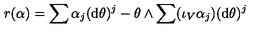
r ( \alpha ) = \sum \alpha _ { j } ( \mathrm { d } \theta ) ^ { j } - \theta \wedge \sum ( \iota _ { V } \alpha _ { j } ) ( \mathrm { d } \theta ) ^ { j }